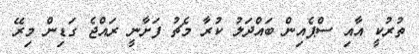
ތުރުކީ އާއި ސްޕެއިން ބައްދަލު ކުރާ މެޗު ފަށާނީ ރައްޖެ ގަޑިން މިރޭ